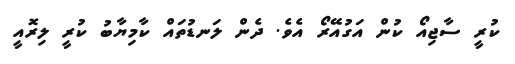
ކުރީ ސާޖިއޯ ކުން އަގުއޭރޯ އެވެ. ދެން ލަނޑުތައް ކާމިޔާބު ކުރީ ލިރޮއީ